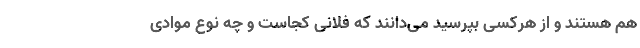
هم هستند و از هرکسی بپرسید می‌دانند که فلانی کجاست و چه نوع موادی